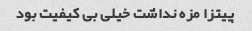
پیتزا مزه نداشت خیلی بی کیفیت بود